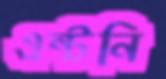
এন্টনি